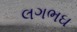
લગભઘ